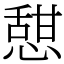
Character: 憇